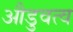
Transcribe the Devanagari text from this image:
औडुवत्व